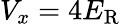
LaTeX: V_{x}=4E_{\textrm{R}}